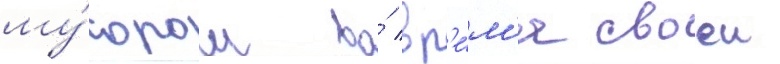
му́сором во́ вр'е́м'я своеи